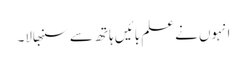
انہوں نے علم بائیں ہاتھ سے سنبھالا۔